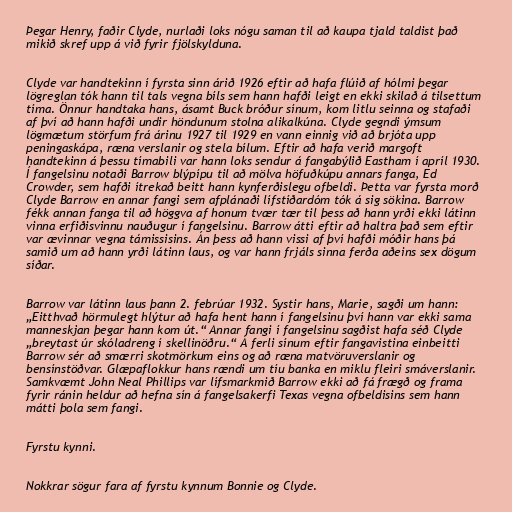
Þegar Henry, faðir Clyde, nurlaði loks nógu saman til að kaupa tjald taldist það
mikið skref upp á við fyrir fjölskylduna.

Clyde var handtekinn í fyrsta sinn árið 1926 eftir að hafa flúið af hólmi þegar
lögreglan tók hann til tals vegna bíls sem hann hafði leigt en ekki skilað á tilsettum
tíma. Önnur handtaka hans, ásamt Buck bróður sínum, kom litlu seinna og stafaði
af því að hann hafði undir höndunum stolna alikalkúna. Clyde gegndi ýmsum
lögmætum störfum frá árinu 1927 til 1929 en vann einnig við að brjóta upp
peningaskápa, ræna verslanir og stela bílum. Eftir að hafa verið margoft
handtekinn á þessu tímabili var hann loks sendur á fangabýlið Eastham í apríl 1930.
Í fangelsinu notaði Barrow blýpípu til að mölva höfuðkúpu annars fanga, Ed
Crowder, sem hafði ítrekað beitt hann kynferðislegu ofbeldi. Þetta var fyrsta morð
Clyde Barrow en annar fangi sem afplánaði lífstíðardóm tók á sig sökina. Barrow
fékk annan fanga til að höggva af honum tvær tær til þess að hann yrði ekki látinn
vinna erfiðisvinnu nauðugur í fangelsinu. Barrow átti eftir að haltra það sem eftir
var ævinnar vegna támissisins. Án þess að hann vissi af því hafði móðir hans þá
samið um að hann yrði látinn laus, og var hann frjáls sinna ferða aðeins sex dögum
síðar.

Barrow var látinn laus þann 2. febrúar 1932. Systir hans, Marie, sagði um hann:
„Eitthvað hörmulegt hlýtur að hafa hent hann í fangelsinu því hann var ekki sama
manneskjan þegar hann kom út.“ Annar fangi í fangelsinu sagðist hafa séð Clyde
„breytast úr skóladreng í skellinöðru.“ Á ferli sínum eftir fangavistina einbeitti
Barrow sér að smærri skotmörkum eins og að ræna matvöruverslanir og
bensínstöðvar. Glæpaflokkur hans rændi um tíu banka en miklu fleiri smáverslanir.
Samkvæmt John Neal Phillips var lífsmarkmið Barrow ekki að fá frægð og frama
fyrir ránin heldur að hefna sín á fangelsakerfi Texas vegna ofbeldisins sem hann
mátti þola sem fangi.

Fyrstu kynni.

Nokkrar sögur fara af fyrstu kynnum Bonnie og Clyde.